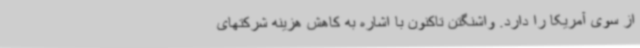
از سوی آمریکا را دارد. واشنگتن تاکنون با اشاره به کاهش هزینه شرکتهای